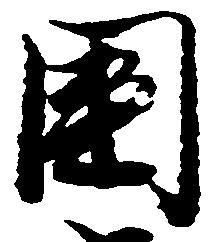
国